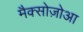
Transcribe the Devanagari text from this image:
मैक्सोज़ोआ